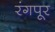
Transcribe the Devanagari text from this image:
रंगपूर